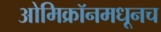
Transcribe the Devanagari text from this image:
ओमिक्रॉनमधूनच